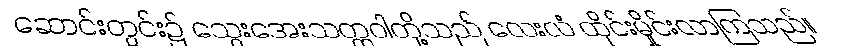
ဆောင်းတွင်း၌ သွေးအေးသတ္တဝါတို့သည် လေးလံ ထိုင်းမှိုင်းလာကြသည်။